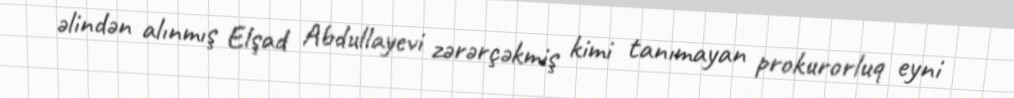
əlindən alınmış Elşad Abdullayevi zərərçəkmiş kimi tanımayan prokurorluq eyni